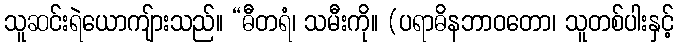
သူဆင်းရဲယောကျ်ားသည်။ “ဓီတရံ၊ သမီးကို။ (ပရာဓိနဘာဝတော၊ သူတစ်ပါးနှင့်